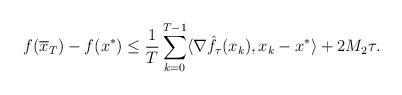
LaTeX: \begin{align*} f(\overline{x}_T) - f(x^*) \leq \frac1T \sum \limits_{k=0}^{T-1}\langle \nabla \hat{f}_\tau(x_{k}) , x_k -x^* \rangle + 2M_2\tau. \end{align*}